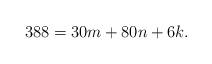
LaTeX: \begin{align*}388 = 30m +80n +6k.\end{align*}